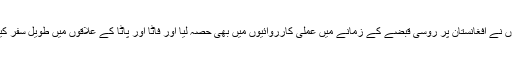
انہوں نے افغانستان پر روسی قبضے کے زمانے میں عملی کارروائیوں میں بھی حصہ لیا اور فاٹا اور پاٹا کے علاقوں میں طویل سفر کیے۔